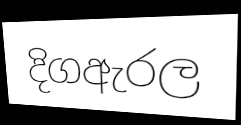
දිගඇරල